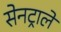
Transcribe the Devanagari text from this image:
सेनट्राले